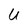
Character: U